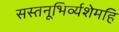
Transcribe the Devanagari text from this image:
सस्तनूभिर्व्यशेमहि